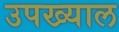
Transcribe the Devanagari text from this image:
उपख्याल